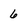
Character: 6